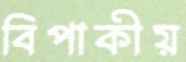
বিপাকীয়